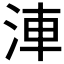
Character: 𣵐